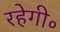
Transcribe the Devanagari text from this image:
रहेगी॰